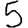
Digit: 5